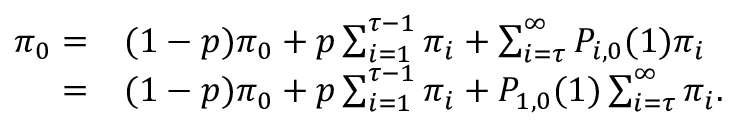
\begin{array} { r l } { \pi _ { 0 } = } & { ( 1 - p ) \pi _ { 0 } + p \sum _ { i = 1 } ^ { \tau - 1 } \pi _ { i } + \sum _ { i = \tau } ^ { \infty } P _ { i , 0 } ( 1 ) \pi _ { i } } \\ { = } & { ( 1 - p ) \pi _ { 0 } + p \sum _ { i = 1 } ^ { \tau - 1 } \pi _ { i } + P _ { 1 , 0 } ( 1 ) \sum _ { i = \tau } ^ { \infty } \pi _ { i } . } \end{array}